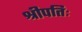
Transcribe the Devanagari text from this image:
श्रीपतिः